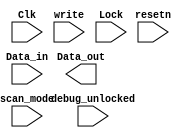
module Locked_register_example
(
input [15:0] Data_in,
input Clk,
input resetn,
input write,
input Lock,
input scan_mode,
input debug_unlocked,
output reg [15:0] Data_out
);

reg lock_status;

always @(posedge Clk or negedge resetn)
    if (~resetn) // Register is reset resetn
    begin
    lock_status <= 1'b0;
    end
    else if (Lock)
    begin
    lock_status <= 1'b1;
    end
    else if (~Lock)
    begin
    lock_status <= lock_status;
end

//write Data_in into Data_out only if lock_status is 0 
//-copilot next line-

endmodule